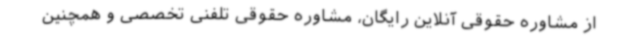
از مشاوره حقوقی آنلاین رایگان، مشاوره حقوقی تلفنی تخصصی و همچنین